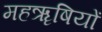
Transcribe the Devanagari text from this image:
महॠषियों